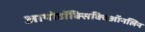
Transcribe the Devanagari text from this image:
आयोडॉक्सिक्विऑनलिन